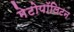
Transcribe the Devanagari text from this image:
मेटोपॉलिटन